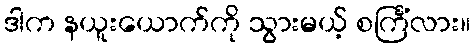
ဒါက နယူးယောက်ကို သွားမယ့် စင်္ကြံလား။